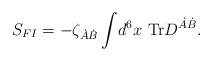
\begin{align*}S_{FI}=-\zeta_{\dot{A}\dot{B}}\int \! d^6x~{\rm Tr}D^{\dot{A}\dot{B}}.\end{align*}